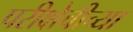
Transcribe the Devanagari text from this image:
परीक्षेचीच्या